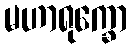
မဟာရုက္ခော